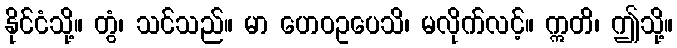
နိုင်ငံသို့။ တွံ၊ သင်သည်။ မာ ဟေဝဥပေသိ၊ မလိုက်လင့်။ ဣတိ၊ ဤသို့။